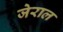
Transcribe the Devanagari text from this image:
जेराल